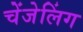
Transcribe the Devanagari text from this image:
चेंजेलिंग